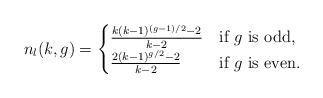
LaTeX: \begin{align*}n_l(k,g)=\begin{cases}\frac{k(k-1)^{(g-1)/2}-2}{k-2}&\mbox{if }g\mbox{ is odd,}\\\frac{2(k-1)^{g/2}-2}{k-2}&\mbox{if }g\mbox{ is even.}\\\end{cases}\end{align*}